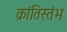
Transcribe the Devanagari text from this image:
क्रांतिस्तंभ